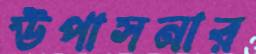
উপাসনার